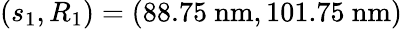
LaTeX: (s_{1},R_{1})=(88.75\ \mathrm{nm},101.75\ \mathrm{nm})